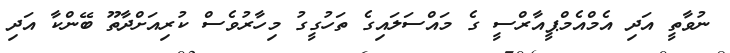
ނުވާތީ އަދި އެމްއެމްޕީއާރްސީ ގެ މައްސަލައިގެ ތަހުގީގު މިހާރުވެސް ކުރިއަށްދާތޫ ބޭންކާ އަދި